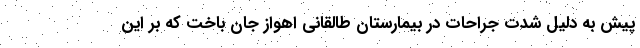
پیش به دلیل شدت جراحات در بیمارستان طالقانی اهواز جان باخت که بر این